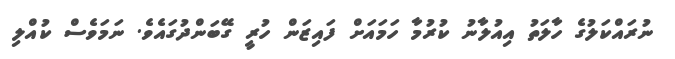
ނުރައްކަލުގެ ހާލަތު އިއުލާނު ކުރުމާ ހަމައަށް ފައިޒަން ހުރީ ގޭބަންދުގައެވެ. ނަމަވެސް ކުއްލި